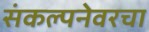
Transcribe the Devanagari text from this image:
संकल्पनेवरचा